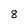
Character: 8